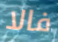
فالا